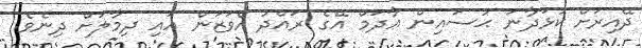
ދޭއިރަށް ކުޅަދާނަ ޙުސައިން ޢާދަމް އޭގެ ރައްދު އެވަޒަން އައި ދިމާލަށް ދިނެވެ.